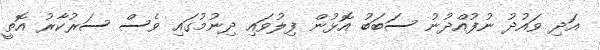
އަދި ވައުދު ނުފުއްދުނު ސަބަބު އޮޅުން ފިލުވައި ދިނުމުގައި ވެސް ސަރުކާރު އޮތީ